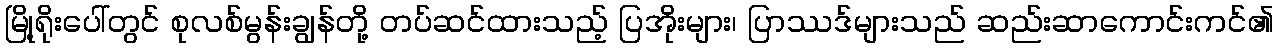
မြို့ရိုးပေါ်တွင် စုလစ်မွန်းချွန်တို့ တပ်ဆင်ထားသည့် ပြအိုးများ၊ ပြာဿဒ်များသည် ဆည်းဆာကောင်းကင်၏